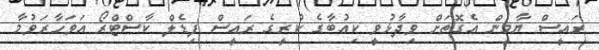
ރައީސް ޔާމީން އެގޮތަށް ވިދާޅުވީ ކިއުބާގެ ކުރީގެ ރައީސް ފިޑެލް ކާސްޓްރޯ އަވަހާރަވުމާ